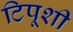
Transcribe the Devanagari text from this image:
टिपूशी